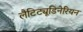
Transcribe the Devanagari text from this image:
लैटिट्यूडिनेरियन